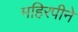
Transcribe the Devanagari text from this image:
महिरपीने